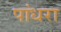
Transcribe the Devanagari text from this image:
पांधरा